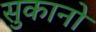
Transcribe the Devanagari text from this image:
सुकानो